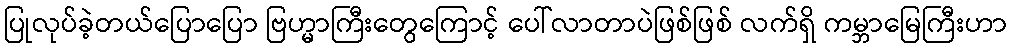
ပြုလုပ်ခဲ့တယ်ပြောပြော ဗြဟ္မာကြီးတွေကြောင့် ပေါ်လာတာပဲဖြစ်ဖြစ် လက်ရှိ ကမ္ဘာမြေကြီးဟာ